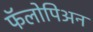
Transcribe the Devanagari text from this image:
फॅलोपिअन